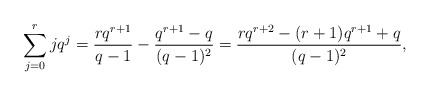
\begin{align*} \sum_{j=0}^r jq^j = \frac{rq^{r+1}}{q-1} - \frac{q^{r+1}-q}{(q-1)^2} = \frac{rq^{r+2}-(r+1)q^{r+1}+q}{(q-1)^2},\end{align*}